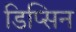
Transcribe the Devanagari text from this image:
डिप्सिन